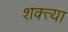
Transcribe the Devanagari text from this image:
शक्त्या